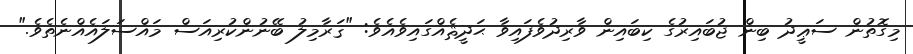
މިގޮތުން ސަޢީދު ބިން ޖުބައިރުގެ ކިބައިން ވާރިދުވެފައިވާ ޙަދީޘެއްގައިވެއެވެ: "ޤަރާމިލު ބޭނުންކުރިއަސް މައްސަލައެއްނެތެވެ."